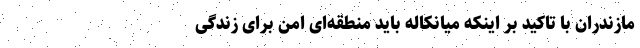
مازندران با تاکید بر اینکه میانکاله باید منطقه‌ای امن برای زندگی